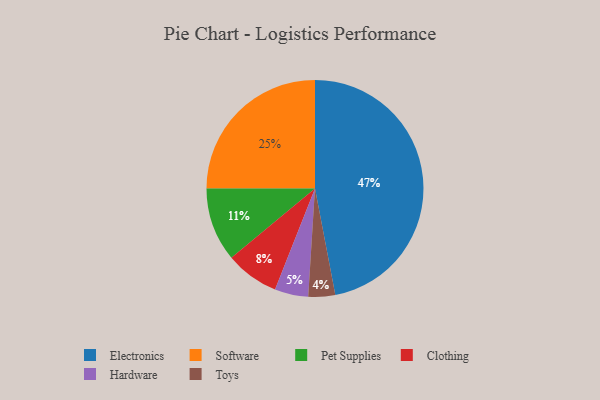
{"axis": {"x": "Category", "y": "Percentage"}, "legend": ["Clothing", "Electronics", "Hardware", "Pet Supplies", "Software", "Toys"], "data": [{"x": "Pet Supplies", "y": 11, "type": "Pet Supplies"}, {"x": "Software", "y": 25, "type": "Software"}, {"x": "Clothing", "y": 8, "type": "Clothing"}, {"x": "Hardware", "y": 5, "type": "Hardware"}, {"x": "Electronics", "y": 47, "type": "Electronics"}, {"x": "Toys", "y": 4, "type": "Toys"}]}